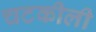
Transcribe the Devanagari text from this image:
चटकीली